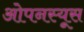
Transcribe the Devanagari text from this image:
ओपनस्यूस